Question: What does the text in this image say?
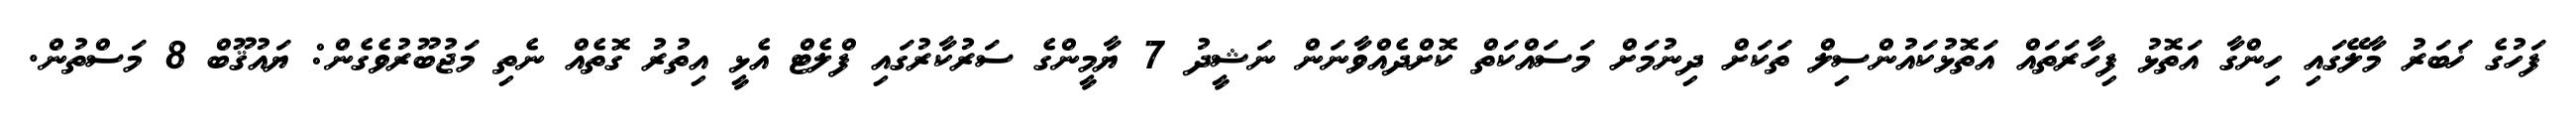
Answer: ފަހުގެ ޚަބަރު މާލޭގައި ހިންގާ އަތޮޅު ފިހާރަތައް އަތޮޅުކައުންސިލް ތަކަށް ދިނުމަށް މަސައްކަތް ކޮށްދެއްވާނަން ނަޝީދު 7 ޔާމީންގެ ސަރުކާރުގައި ފްލެޓް އެޅީ އިތުރު ގޮތެއް ނެތި މަޖުބޫރުވެގެން: ޔައުޤޫބް 8 މަސްތުން.